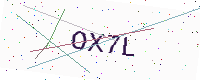
Text: OX7L